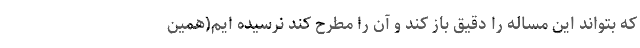
که بتواند این مساله را دقیق باز کند و آن را مطرح کند نرسیده ایم(همین